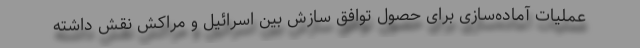
عملیات آماده‌سازی برای حصول توافق سازش بین اسرائیل و مراکش نقش داشته